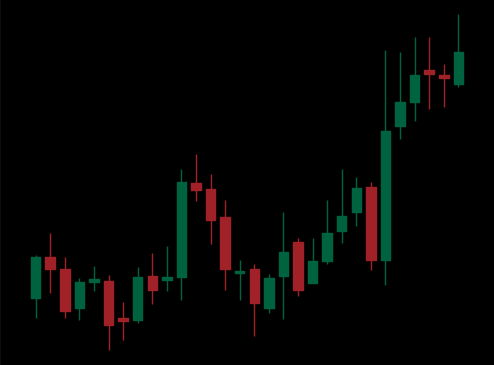
Pattern: unclassified